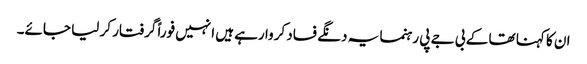
ان کا کہنا تھا کے بی جے پی رہنما یہ دنگے فساد کروا رہے ہیں انہیں فوراً گرفتار کر لیا جائے۔